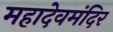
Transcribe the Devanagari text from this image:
महादेवमंदिर